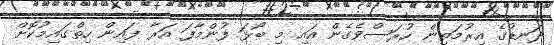
ދަނޑުގެ އިރުމަތިން ހުރަސްވެގެން އައި މި ބޯޅަ ފުންމާފަ އަރާ ފައިން ހިތްގައިމުކޮށް